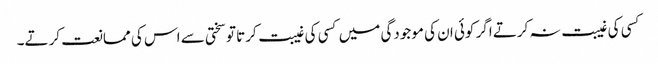
کسی کی غیبت نہ کرتے اگر کوئی ان کی موجودگی میں کسی کی غیبت کرتا تو سختی سے اس کی ممانعت کرتے۔